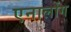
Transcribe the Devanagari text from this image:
एनालोंग